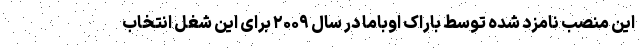
این منصب نامزد شده توسط باراک اوباما در سال ۲۰۰۹ برای این شغل انتخاب